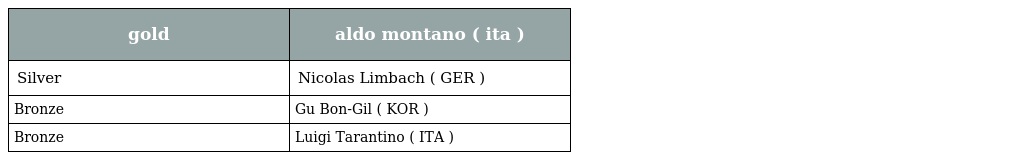
| gold | aldo montano ( ita ) |
 | --- | --- |
 | Silver | Nicolas Limbach ( GER ) |
 | Bronze | Gu Bon-Gil ( KOR ) |
 | Bronze | Luigi Tarantino ( ITA ) |